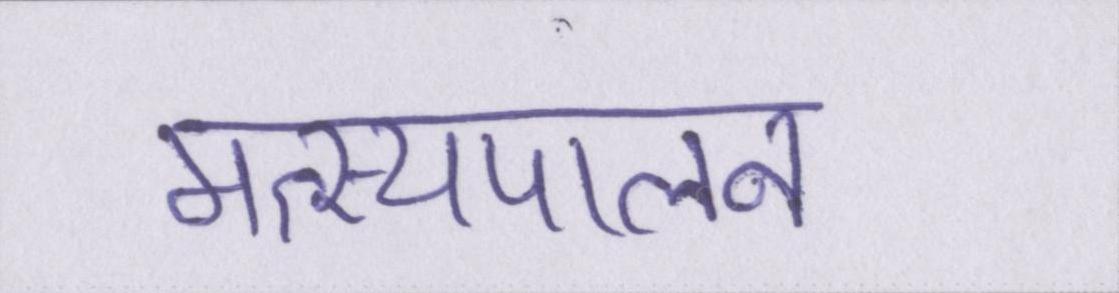
मत्स्यपालन